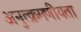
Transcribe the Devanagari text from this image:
अनुत्क्रमणीयता